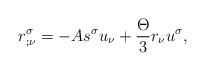
LaTeX: \begin{align*}r_{;\nu }^{\sigma }=-As^{\sigma }u_{\nu }+\frac{\Theta }{3}r_{\nu }u^{\sigma}, \end{align*}